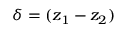
\delta = ( z _ { 1 } - z _ { 2 } )